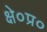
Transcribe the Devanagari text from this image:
क्षे०प्र०